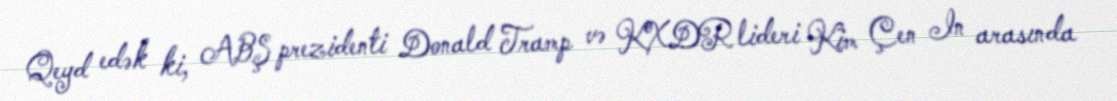
Qeyd edək ki, ABŞ prezidenti Donald Tramp və KXDR lideri Kim Çen In arasında